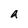
Character: a